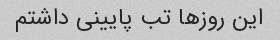
این روزها تب پایینی داشتم